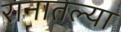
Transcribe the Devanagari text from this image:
रानातल्या